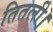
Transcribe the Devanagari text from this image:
तितली।